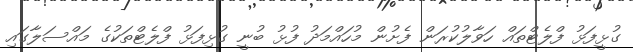
ގުޅީފަޅު ފްލެޓްތައް ހަވާލުކުރަން ފެށުން މުހައްމަދު ފުޅު ބުނީ ގުޅިފަޅު ފްލެޓްތަކުގެ މައްސަލާގައި